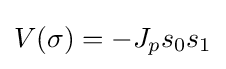
V(\sigma )=-J_{p}s_{0}s_{1}